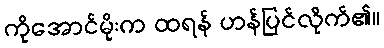
ကိုအောင်မိုးက ထရန် ဟန်ပြင်လိုက်၏။